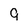
Character: 9